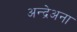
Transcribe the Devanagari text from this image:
अन्द्रेअना